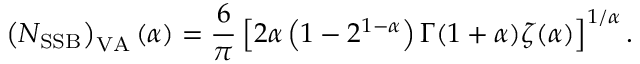
\left( N _ { \mathrm { S S B } } \right) _ { \mathrm { V A } } ( \alpha ) = \frac { 6 } { \pi } \left[ 2 \alpha \left( 1 - 2 ^ { 1 - \alpha } \right) \Gamma ( 1 + \alpha ) \zeta ( \alpha ) \right] ^ { 1 / \alpha } .